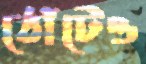
ঠোঁটেও